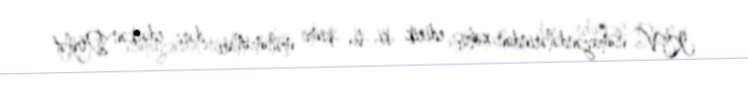
KİV nümayəndələrindən xahiş edirik ki, bu kimi məlumatları dərc edərkən Dövlət